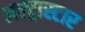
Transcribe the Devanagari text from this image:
अल्ट्रास्टार